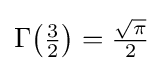
{\textstyle \Gamma \!\left({\frac {3}{2}}\right)={\frac {\sqrt {\pi }}{2}}}